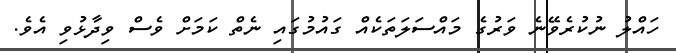
ހައްލު ނުކުރެވޭނެ ވަރުގެ މައްސަލަތަކެއް ގައުމުގައި ނެތް ކަމަށް ވެސް ވިދާޅުވި އެވެ.